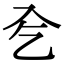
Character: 𠓟